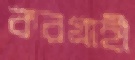
করগ্রাহী